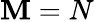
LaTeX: \mathbf{M}=N